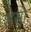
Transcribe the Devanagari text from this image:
शेसो